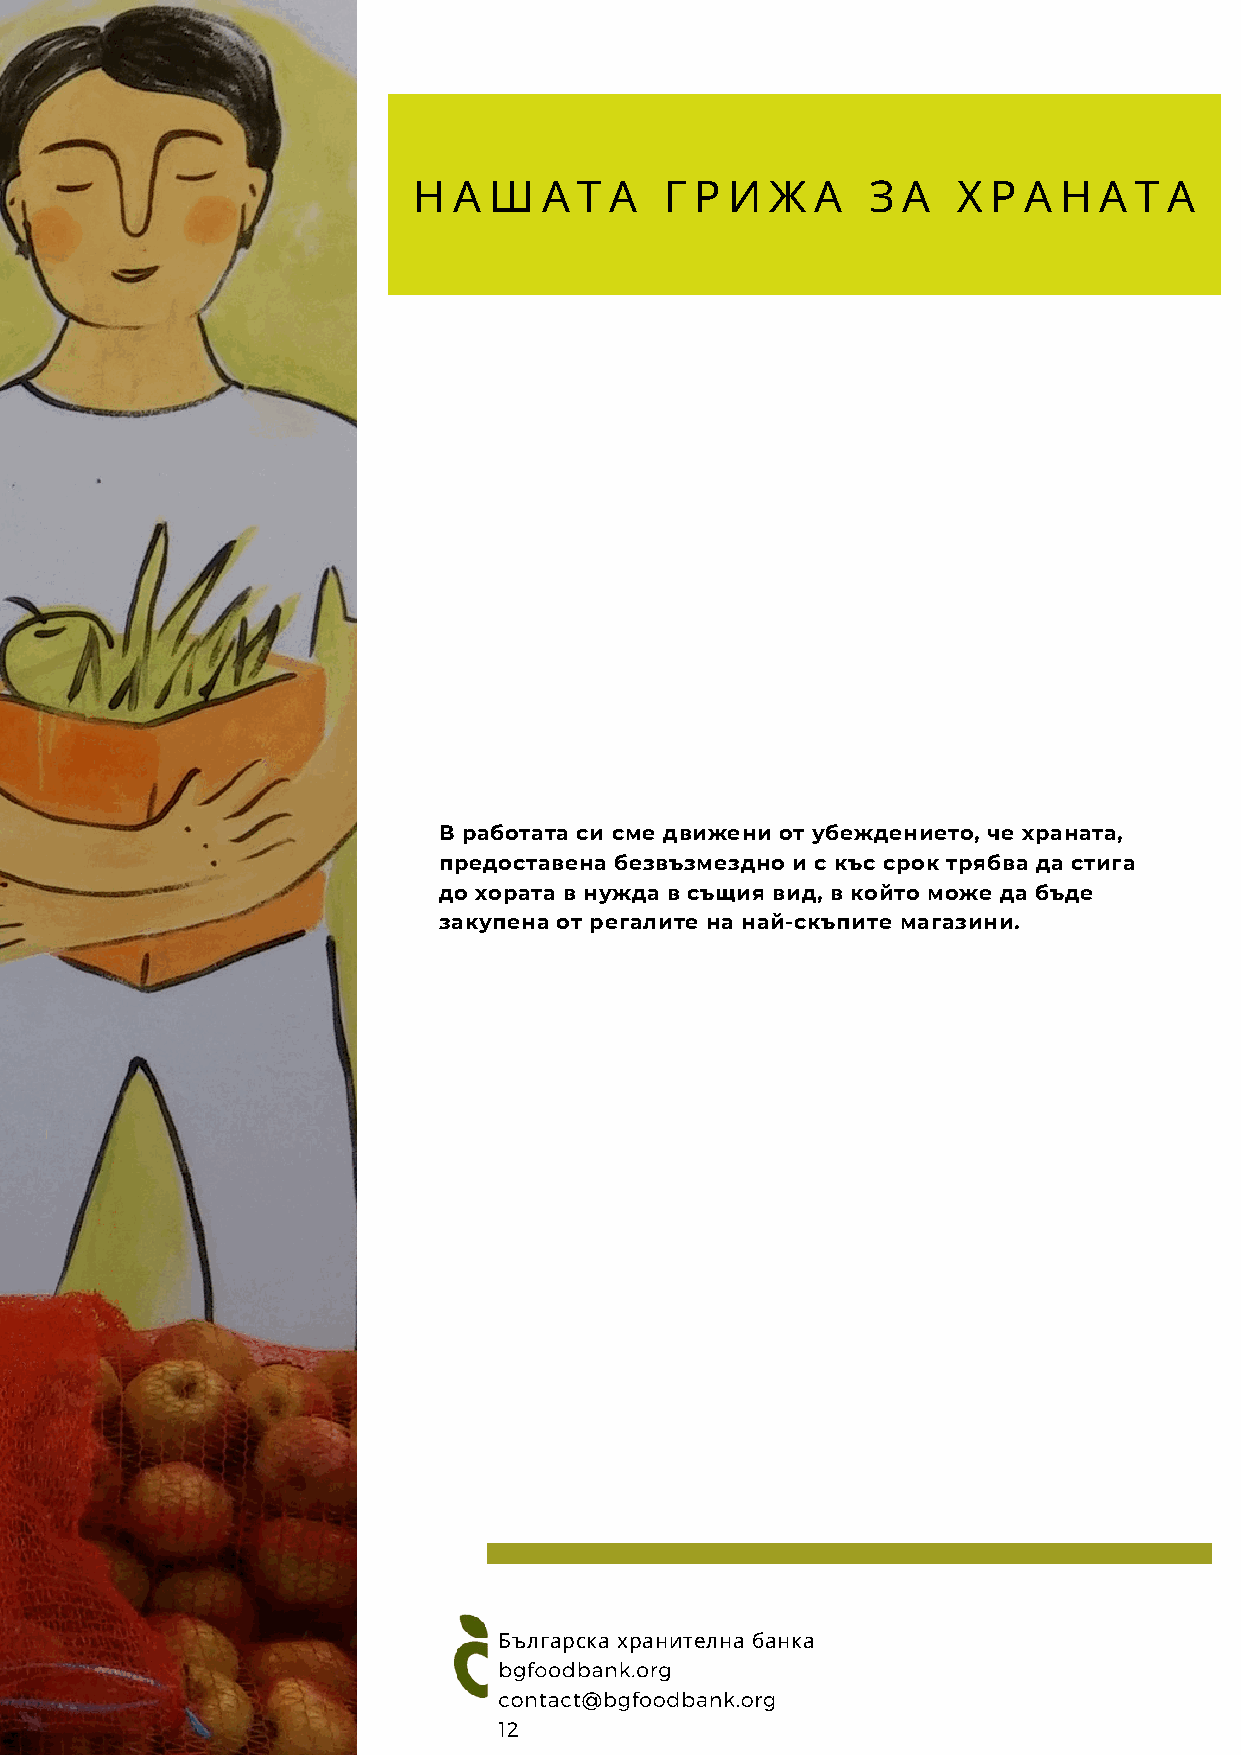
Н  А Ш   А Т А   Г Р И  Ж  А   З А  Х  Р А Н  А Т А
 В работата си сме движени от убеждението, че храната,
 предоставена безвъзмездно и с къс срок трябва да стига
 до хората в нужда в същия вид, в който може да бъде
 закупена от регалите на най-скъпите магазини.
 Българска хранителна банка
 bgfoodbank.org
 contact@bgfoodbank.org
 12